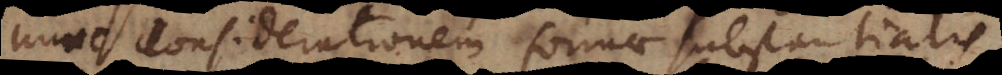
nunc considerationem formae substantialis,